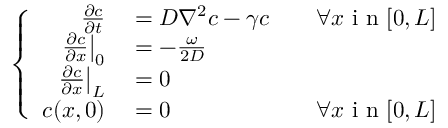
\left\{ \begin{array} { r l r } { \frac { \partial c } { \partial t } } & { { } = D \nabla ^ { 2 } c - \gamma c } & { \quad \forall x \mathrm { ~ i ~ n ~ } [ 0 , L ] } \\ { \left. \frac { \partial c } { \partial x } \right| _ { 0 } } & { { } = - \frac { \omega } { 2 D } } \\ { \left. \frac { \partial c } { \partial x } \right| _ { L } } & { { } = 0 } \\ { c ( x , 0 ) } & { { } = 0 } & { \forall x \mathrm { ~ i ~ n ~ } [ 0 , L ] } \end{array} \right.